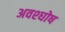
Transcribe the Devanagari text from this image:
अवश्घोष